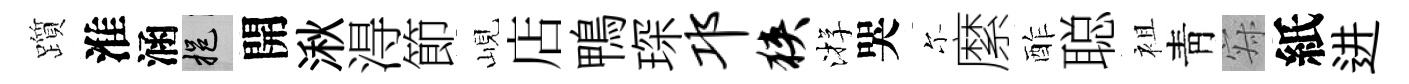
躓淮涵挹開湫淂節峴店鴨琛邛狭㳺哭尓縻酢聪袓靑寂紙进